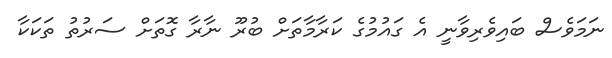
ނަމަވެސް ބައިވެރިވާނީ އެ ގައުމުގެ ކަރާމާތަށް ބުރޫ ނާރާ ގޮތަށް ސަރުތު ތަކަކާ